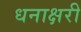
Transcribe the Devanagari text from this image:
धनाक्षरी